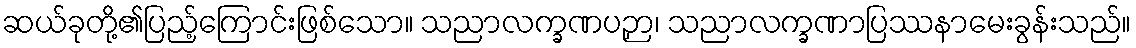
ဆယ်ခုတို့၏ပြည့်ကြောင်းဖြစ်သော။ သညာလက္ခဏပဉှာ၊ သညာလက္ခဏာပြဿနာမေးခွန်းသည်။